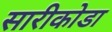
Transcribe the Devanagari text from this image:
सारीकोडा